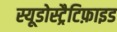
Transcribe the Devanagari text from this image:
स्यूडोस्ट्रैटिफ़ाइड